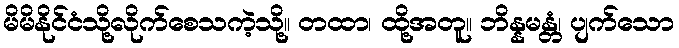
မိမိနိုင်ငံသို့လိုက်စေသကဲ့သို့။ တထာ၊ ထို့အတူ။ ဘိန္နမန္တံ၊ ပျက်သော